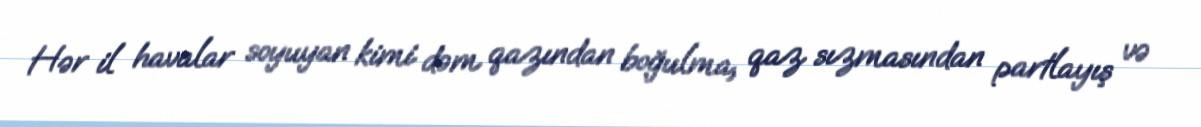
Hər il havalar soyuyan kimi dəm qazından boğulma, qaz sızmasından partlayış və